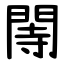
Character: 䦙